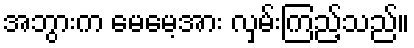
အဘွားက မေမေ့အား လှမ်းကြည့်သည်။